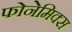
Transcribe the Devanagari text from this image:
फोनेमिक्स